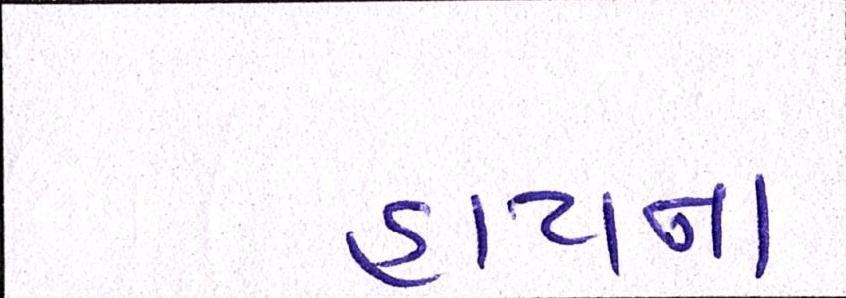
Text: હાયના